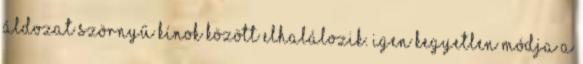
áldozat szörnyű kínok között elhalálozik. Igen kegyetlen módja a